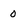
Character: o